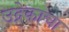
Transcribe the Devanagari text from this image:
उद्रेकाचा